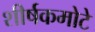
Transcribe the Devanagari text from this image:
शीर्षकमोटे